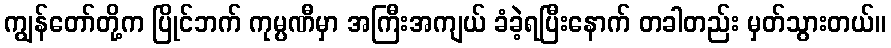
ကျွန်တော်တို့က ပြိုင်ဘက် ကုမ္ပဏီမှာ အကြီးအကျယ် ခံခဲ့ရပြီးနောက် တခါတည်း မှတ်သွားတယ်။